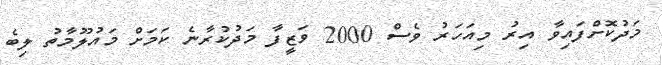
މަދުކޮށްފައިވާ އިރު މިއަހަރު ވެސް 2000 ވަޒީފާ މަދުކުރާނެ ކަމަށް މައުލޫމާތު ލިބެ